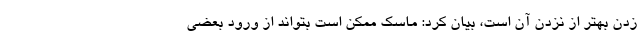
زدن بهتر از نزدن آن است، بیان کرد: ماسک ممکن است بتواند از ورود بعضی